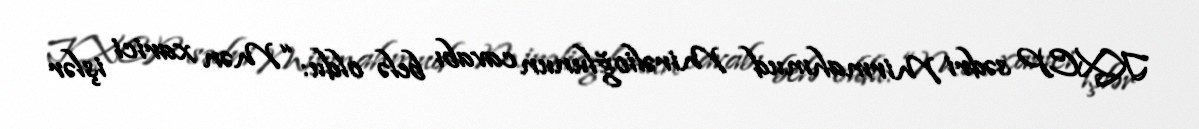
KXCP sədri Mirmahmud Mirəlioğlunun cavabı belə oldu: “Mən xarici işlər